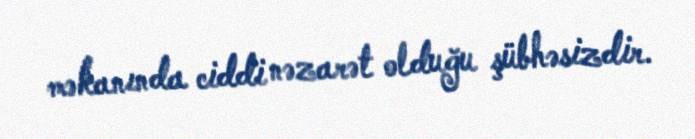
məkanında ciddi nəzarət olduğu şübhəsizdir.